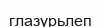
глазурьлеп